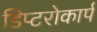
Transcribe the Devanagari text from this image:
डिप्टरोकार्प